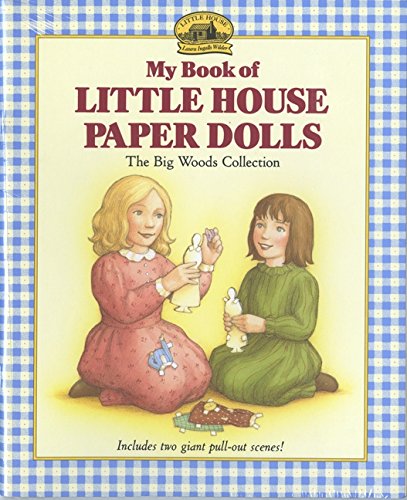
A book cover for My Book of Little House Paper Dolls: The Big Woods Collection; Laura Ingalls Wilder; Children's Books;